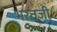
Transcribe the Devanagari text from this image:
भरतजी